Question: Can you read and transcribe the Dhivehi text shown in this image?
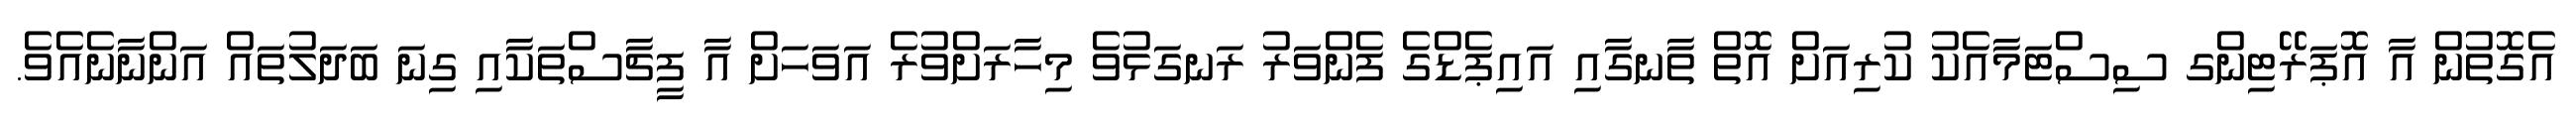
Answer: އެގޮތުން އާ އޮޕަރޭޓިންގ ސިސްޓަމާއެކު ކުރިއަށް އޮތް ތާނގާއި އައިޕެޑްގެ ފެންވަރު ރަނގަޅުވެ މިހާރަށްވުރެ އަވަހަށް އާ ފީޗާސްތަކާއި ގިނަ ބަދަލުތައް އަންނާނެއެވެ.